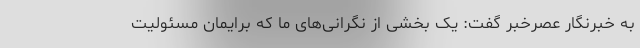
به خبرنگار عصرخبر گفت: یک بخشی از نگرانی‌های ما که برایمان مسئولیت